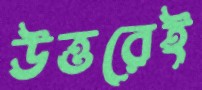
উত্তরেই